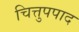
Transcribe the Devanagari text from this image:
चित्तुपपाद